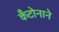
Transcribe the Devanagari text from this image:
कँटोनाने